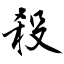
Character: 殺